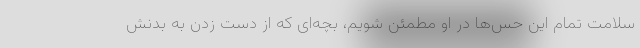
سلامت تمام این حس‌ها در او مطمئن شویم، بچه‌ای که از دست زدن به بدنش